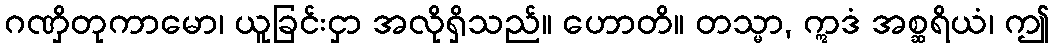
ဂဏှိတုကာမော၊ ယူခြင်းငှာ အလိုရှိသည်။ ဟောတိ။ တသ္မာ, ဣဒံ အစ္ဆရိယံ၊ ဤ